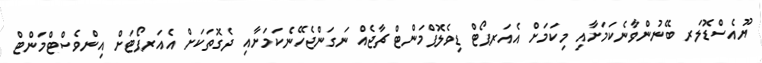
ޔޫއެސްޑޮލަރ ބޭނުންވާނެކަމަށާއި މިކަމަށް އެއަރޕޯޓް ޑިވެލޮޕްމަންޓް ޗާޖެއް ނަގަންޖެހޭނެކަމަށާއި ދެގޮތަކަށް އެއަރޕޯޓަށް އިންވެސްޓްމަންޓް